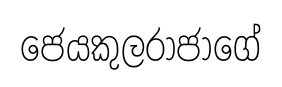
ජෙයකුලරාජාගේ